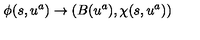
\phi ( s , u ^ { a } ) \rightarrow \left( B ( u ^ { a } ) , \chi ( s , u ^ { a } ) \right)